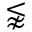
\lnapprox